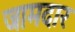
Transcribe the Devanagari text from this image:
जामदार